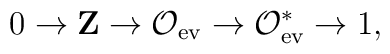
0 \rightarrow {\bf Z} \rightarrow {\cal O}_{\rm ev} \rightarrow{\cal O}^*_{\rm ev} \rightarrow 1,